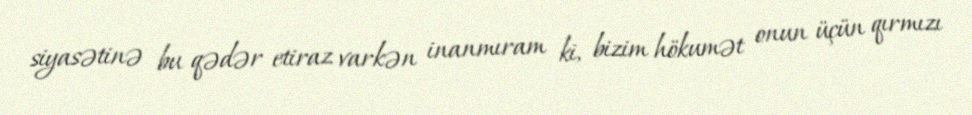
siyasətinə bu qədər etiraz varkən inanmıram ki, bizim hökumət onun üçün qırmızı